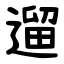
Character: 遛